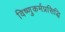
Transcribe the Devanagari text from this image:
विष्णुकर्मप्रसिद्धि